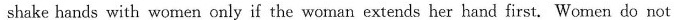
shake hands with women only if the woman extends her hand first. Women do not